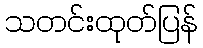
သတင်းထုတ်ပြန်